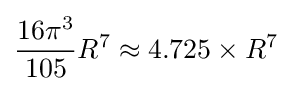
{\frac {16\pi ^{3}}{105}}R^{7}\approx 4.725\times R^{7}